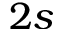
2 s